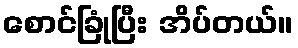
စောင်ခြုံပြီး အိပ်တယ်။